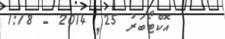
އޮކްޓޯބަރު 25